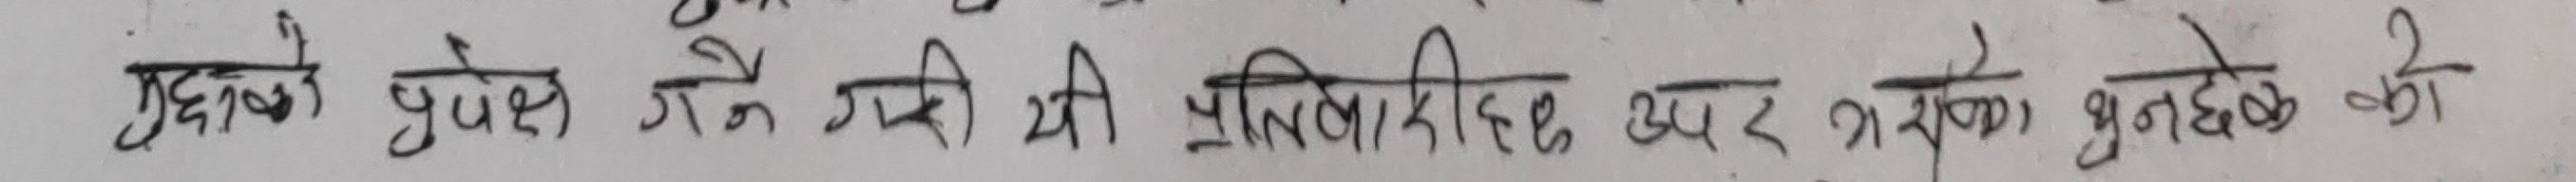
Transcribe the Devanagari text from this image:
मुद्दों प्रक्षेप में की गई प्रतिक्रियाएँ उपर भड़काने को